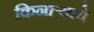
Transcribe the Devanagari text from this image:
किनाऱ्याचे